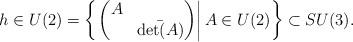
LaTeX: \begin{align*}h \in U(2) = \left\{\left.\begin{pmatrix}A &\\& \bar{\det(A)}\end{pmatrix}\right| A\in U(2)\right\}\subset SU(3).\end{align*}